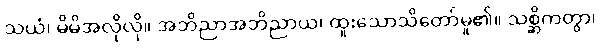
သယံ၊ မိမိအလိုလို။ အဘိညာအဘိညာယ၊ ထူးသောသိတော်မူ၏။ သစ္ဆိကတွာ၊